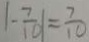
\vert - \frac { 7 } { 1 0 } \vert = \frac { 7 } { 1 0 }